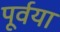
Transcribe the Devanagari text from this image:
पूर्वया